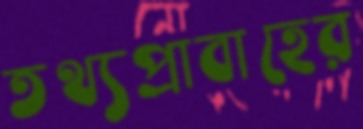
তথ্যপ্রাবাহের